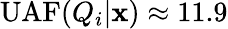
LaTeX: \mathrm{UAF}(Q_{i}|\mathbf{x})\approx 11.9